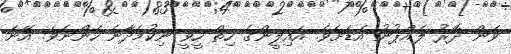
ވަން ދޮރު ލެއްޕުނު އަޑަށެވެ. އައިލީންގެ ހިތް ހީވީ ނިކުމެދާނެ ހެންނެވެ. އޭނަ